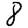
Digit: 8